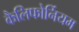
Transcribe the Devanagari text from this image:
कैलिफोर्नियम